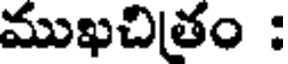
ముఖచితం :